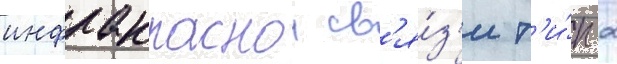
инфракраснои св'я́з'и т'и́п 2